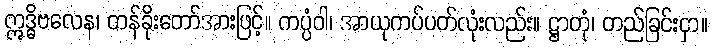
ဣဒ္ဓိဗလေန၊ တန်ခိုးတော်အားဖြင့်။ ကပ္ပံဝါ၊ အာယုကပ်ပတ်လုံးလည်း။ ဋ္ဌာတုံ၊ တည်ခြင်းငှာ။